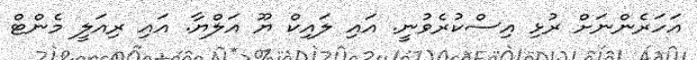
އަހަރެންނަށް ރުޅި އިސްކުރެވުނީ. އައި ލައިކް ޔޫ އަލްޔާ. އައި ރިއަލީ މެންޓް